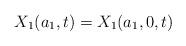
LaTeX: \begin{align*}X_1(a_1,t) = X_1(a_1,0,t)\end{align*}